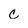
Character: C